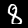
Digit: 8